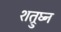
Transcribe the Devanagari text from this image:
शत्रुघ्‍न